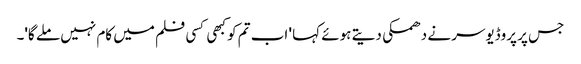
جس پر پروڈیوسر نے دھمکی دیتے ہوئے کہا ' اب تم کو کبھی کسی فلم میں کام نہیں ملے گا'۔